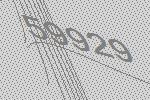
59929